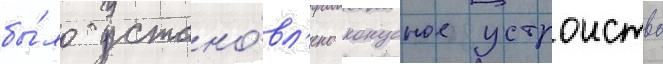
бы́ло устано́вл'ено конусное устроиство